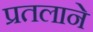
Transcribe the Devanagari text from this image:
प्रतलाने